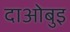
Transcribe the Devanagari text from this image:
दाओबुइ